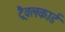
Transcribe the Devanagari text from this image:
ट्रैवलकार्ड